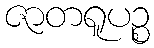
ဇာတရူပဉ္စ